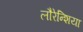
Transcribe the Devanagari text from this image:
लौरेन्शिया